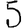
Digit: 5